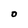
Character: o